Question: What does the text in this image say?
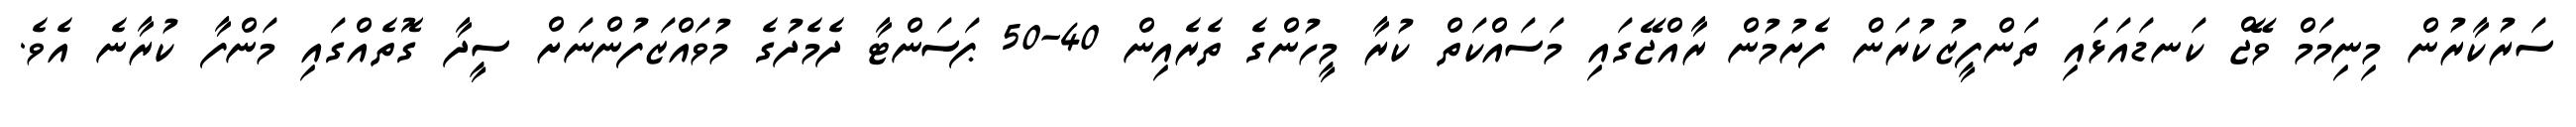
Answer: ސަރުކާރުން މިނިމަމް ވޭޖް ކަނޑައަޅައި ތަންފީޒުކުރަން ފެށުމުން ރާއްޖޭގައި މަސައްކަތް ކުރާ މީހުންގެ ތެރެއިން 40-50 ޕަސަންޓާ ދެމެދުގެ މުވައްޒަފުންނަށް ސީދާ ގޮތެއްގައި މަންފާ ކުރާނެ އެވެ.